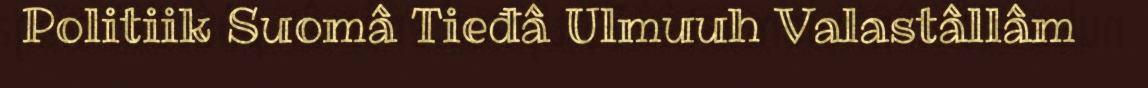
Politiik Suomâ Tieđâ Ulmuuh Valastâllâm